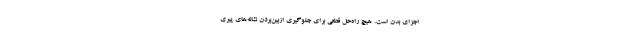
اجزای بدن است. هیچ راه‌حل قطعی برای جلوگیری ازبین‌بردن نشانه‌های پیری